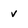
Character: v